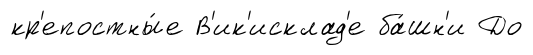
кр'епостны́е В'ик'исклад'е ба́шн'и До